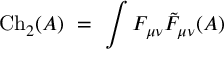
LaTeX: \mathrm { C h } _ { 2 } ( A ) \ = \ \int F _ { \mu \nu } { \tilde { F } } _ { \mu \nu } ( A )